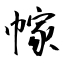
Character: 幏